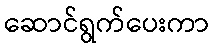
ဆောင်ရွက်ပေးကာ